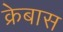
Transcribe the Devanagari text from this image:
क्रेबास